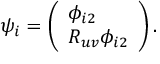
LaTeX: \psi _ { i } = \left( \begin{array} { l } { { \phi _ { i 2 } } } \\ { { R _ { u v } \phi _ { i 2 } } } \end{array} \right) .